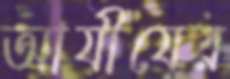
আযীযের